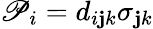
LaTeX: \mathscr{P}_{i}=d_{i\mathbf{j}k}\sigma_{\mathbf{j}k}